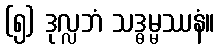
(၅) ဒုလ္လဘံ သဒ္ဓမ္မဿနံ။